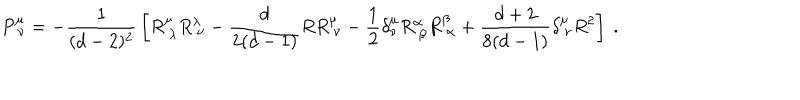
LaTeX: P _ { \ \nu } ^ { \mu } = - { \frac { 1 } { ( d - 2 ) ^ { 2 } } } \left[ R _ { \ \lambda } ^ { \mu } R _ { \ \nu } ^ { \lambda } - { \frac { d } { 2 ( d - 1 ) } } R R _ { \ \nu } ^ { \mu } - { \frac { 1 } { 2 } } \delta _ { \nu } ^ { \mu } R _ { \ \beta } ^ { \alpha } R _ { \ \alpha } ^ { \beta } + { \frac { d + 2 } { 8 ( d - 1 ) } } \delta _ { \ \nu } ^ { \mu } R ^ { 2 } \right] \ .